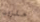
حلزون